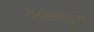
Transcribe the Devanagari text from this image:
अटापट्टुने